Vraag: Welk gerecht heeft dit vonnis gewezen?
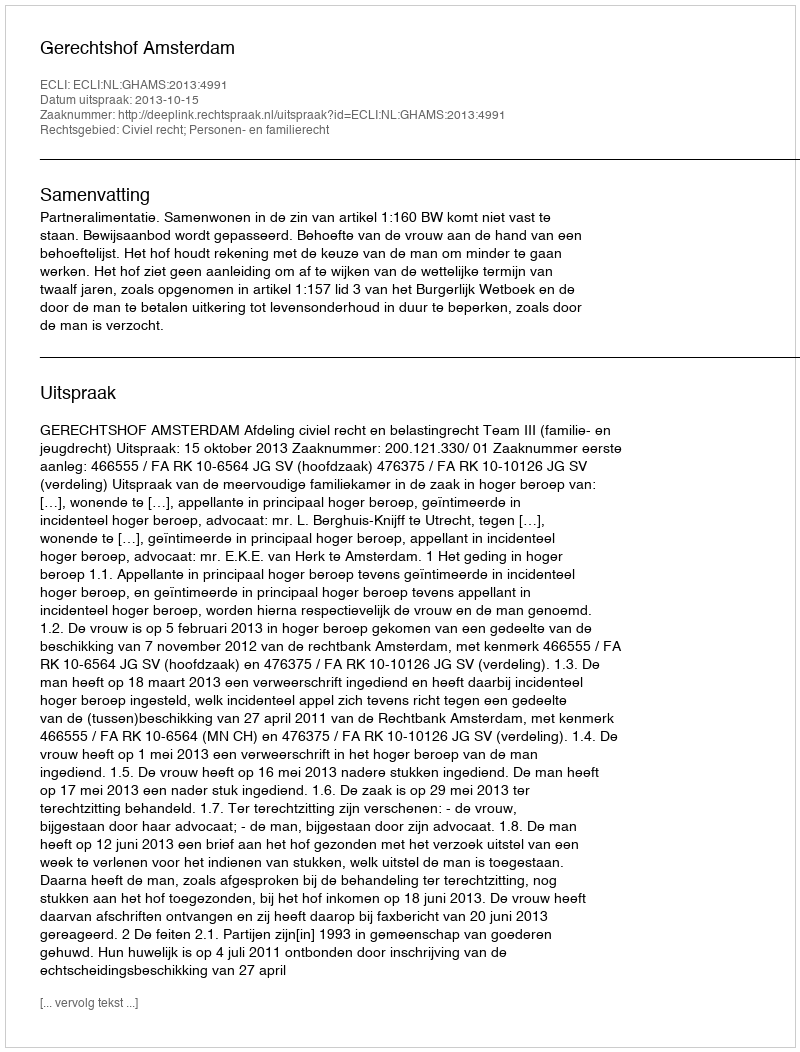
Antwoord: Gerechtshof Amsterdam